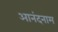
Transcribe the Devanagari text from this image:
आनंदनाम